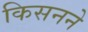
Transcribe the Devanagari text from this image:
किसनने